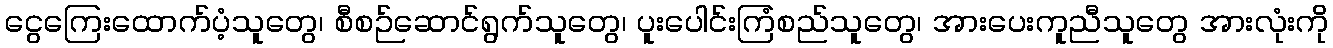
ငွေကြေးထောက်ပံ့သူတွေ၊ စီစဉ်ဆောင်ရွက်သူတွေ၊ ပူးပေါင်းကြံစည်သူတွေ၊ အားပေးကူညီသူတွေ အားလုံးကို